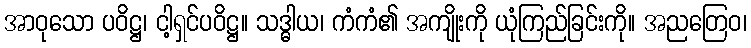
အာဝုသော ပဝိဋ္ဌ၊ ငါ့ရှင်ပဝိဋ္ဌ။ သဒ္ဓါယ၊ ကံကံ၏ အကျိုးကို ယုံကြည်ခြင်းကို။ အညတြေဝ၊